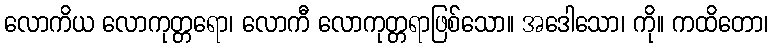
လောကိယ လောကုတ္တရော၊ လောကီ လောကုတ္တရာဖြစ်သော။ အဒေါသော၊ ကို။ ကထိတော၊